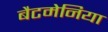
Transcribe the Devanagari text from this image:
बैटमेनिया